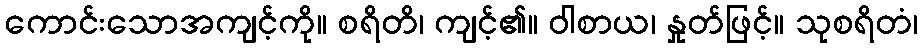
ကောင်းသောအကျင့်ကို။ စရိတိ၊ ကျင့်၏။ ဝါစာယ၊ နှုတ်ဖြင့်။ သုစရိတံ၊